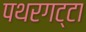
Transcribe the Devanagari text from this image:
पथरगट्टा